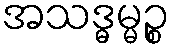
အသဒ္ဓမ္မဉ္စ